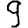
Digit: 9